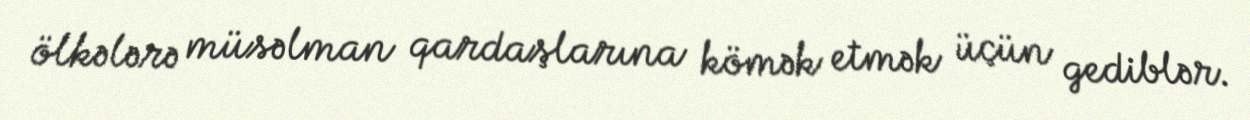
ölkələrə müsəlman qardaşlarına kömək etmək üçün gediblər.